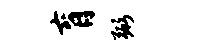
肓弼